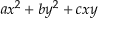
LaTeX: a x ^ { 2 } + b y ^ { 2 } + c x y